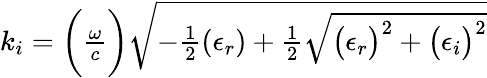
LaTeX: \begin{array}{r}{k_{i}=\bigg(\frac{\omega}{c}\bigg)\sqrt{-\frac{1}{2}(\epsilon_{r})+\frac{1}{2}\sqrt{\big(\epsilon_{r}\big)^{2}+\big(\epsilon_{i}\big)^{2}}}}\end{array}